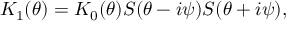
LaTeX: K _ { 1 } ( \theta ) = K _ { 0 } ( \theta ) S ( \theta - i \psi ) S ( \theta + i \psi ) ,